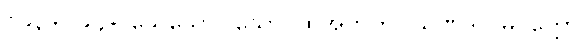
၁၉၃+၁၉၄+ သေသော။ သော၊ ထိုအဘကို။ သဏဒါဂါမိပတ္တော၊